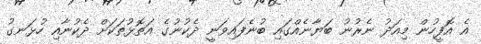
އެ އޮފީހުން މިއަދު ނެރުނު ބަޔާނެއްގައި ބުނެފައިވަނީ ދެކުނުގެ އަތޮޅުތަކަށް ދެކުނާއި ހުޅަނގު